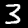
Digit: 3